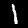
Digit: 1